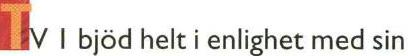
TV I bjöd helt i enlighet med sin